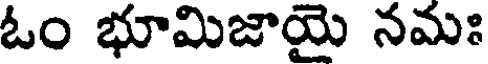
ఓం భూమిజాయై నమః